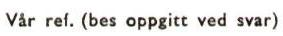
Vår ref. (bes oppgitt ved svar)